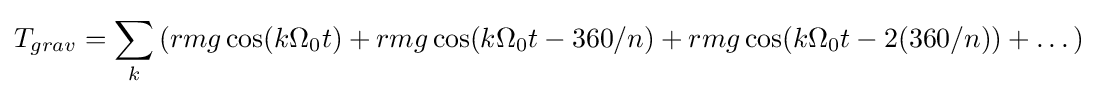
T_{grav}=\sum _{k}\left(rmg\cos(k\Omega _{0}t)+rmg\cos(k\Omega _{0}t-360/n)+rmg\cos(k\Omega _{0}t-2(360/n))+\dots \right)